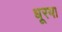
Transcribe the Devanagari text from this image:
धूरया